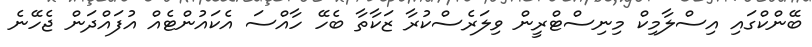
ބޭންކްގައި އިސްލާމިކް މިނިސްޓްރީން ވިލަރެސްކުރާ ޒަކާތާ ބެހޭ ހާއްސަ އެކައުންޓެއް އުފައްދަން ޖެހޭނެ